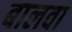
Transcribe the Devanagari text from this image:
बालवा